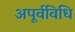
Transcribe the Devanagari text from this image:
अपूर्वविधि